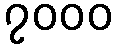
၇၀၀၀